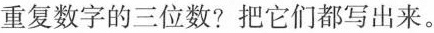
重复数字的三位数?把它们都写出来。